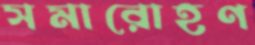
সমারোহণ